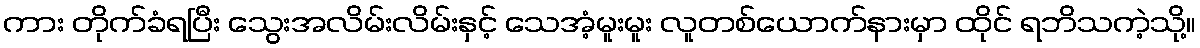
ကား တိုက်ခံရပြီး သွေးအလိမ်းလိမ်းနှင့် သေအံ့မူးမူး လူတစ်ယောက်နားမှာ ထိုင် ရဘိသကဲ့သို့။